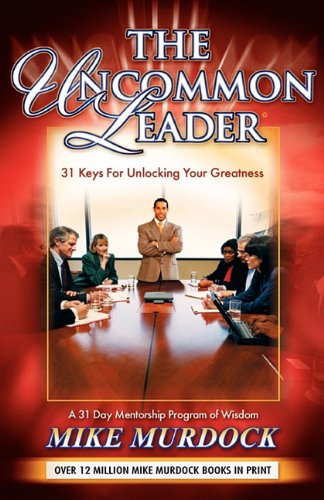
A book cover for The Uncommon Leader: 31 Keys for Unlocking Your Greatness; Mike Murdock; Christian Books & Bibles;